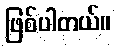
ဖြစ်ပါတယ်။